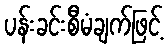
ပန်းခင်းစီမံချက်ဖြင့်